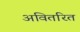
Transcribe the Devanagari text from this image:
अवितरित